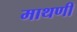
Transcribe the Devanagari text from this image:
माथणी